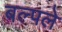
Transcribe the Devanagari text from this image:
बल्पले